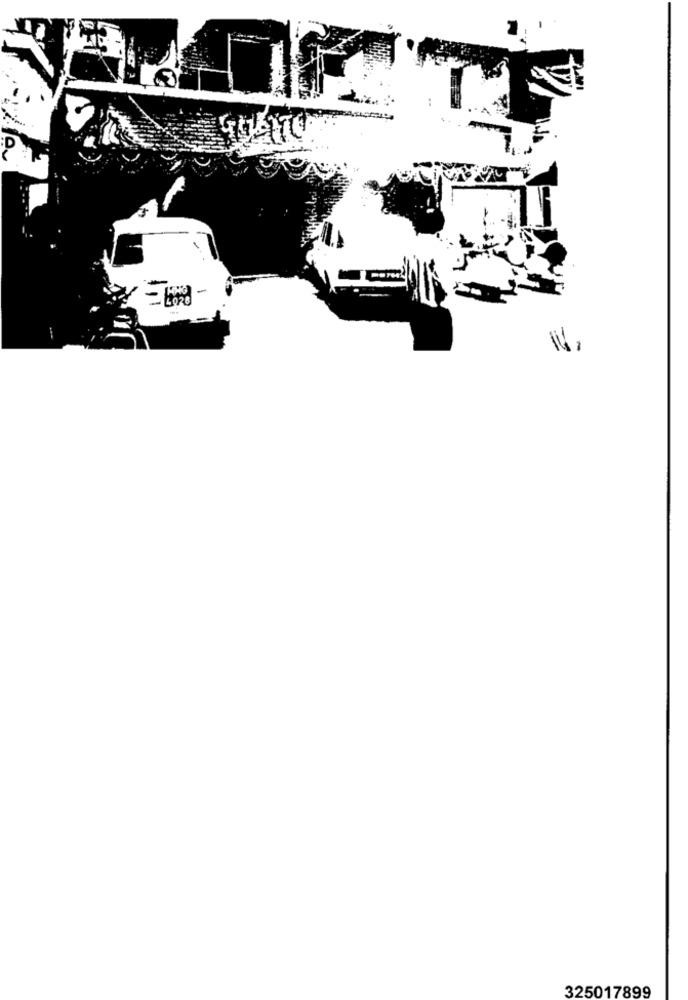
325017899